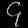
Digit: ၄